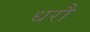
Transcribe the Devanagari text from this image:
धरौ